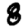
Digit: 8